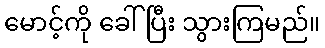
မောင့်ကို ခေါ်ပြီး သွားကြမည်။